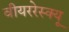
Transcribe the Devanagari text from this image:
वीयररेस्क्यू